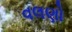
વલણો